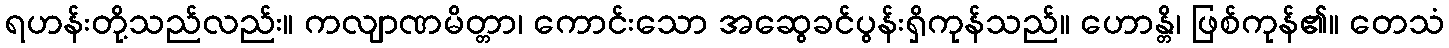
ရဟန်းတို့သည်လည်း။ ကလျာဏမိတ္တာ၊ ကောင်းသော အဆွေခင်ပွန်းရှိကုန်သည်။ ဟောန္တိ၊ ဖြစ်ကုန်၏။ တေသံ